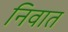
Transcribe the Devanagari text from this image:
निवात